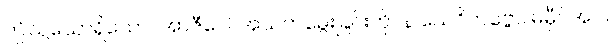
ဤသို့သောရှိသော။ အာဇီဝေါ၊ အသက်မွေးခြင်းကို။ န သေဝိတဗ္ဗော၊ မမှီဝဲအပ်။